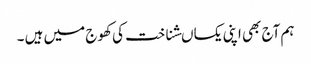
ہم آج بھی اپنی یکساںشناخت کی کھوج میں ہیں ۔